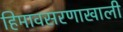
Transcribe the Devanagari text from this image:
हिमावसरणाखाली